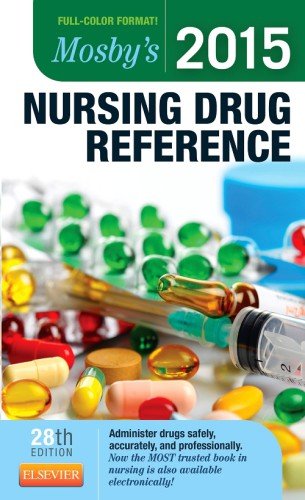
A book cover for Mosby's 2015 Nursing Drug Reference, 28th Edition; Linda Skidmore-Roth; Medical Books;